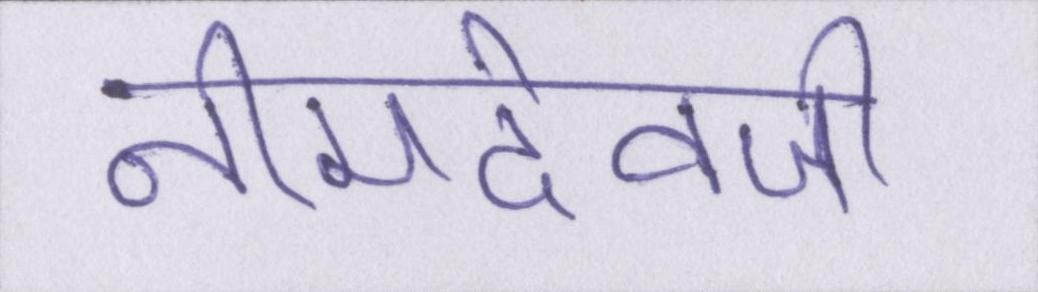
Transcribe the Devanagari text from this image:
नीमदेवजी